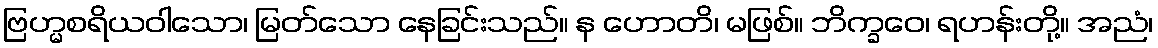
ဗြဟ္မစရိယဝါသော၊ မြတ်သော နေခြင်းသည်။ န ဟောတိ၊ မဖြစ်။ ဘိက္ခဝေ၊ ရဟန်းတို့။ အညံ၊